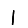
Digit: 1